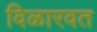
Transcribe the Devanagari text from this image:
विळारवत